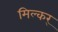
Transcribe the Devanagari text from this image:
मिल्कर्